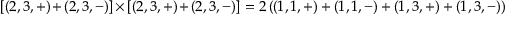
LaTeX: \lbrack ( 2 , 3 , + ) + ( 2 , 3 , - ) ] \times [ ( 2 , 3 , + ) + ( 2 , 3 , - ) ] = 2 \left( ( 1 , 1 , + ) + ( 1 , 1 , - ) + ( 1 , 3 , + ) + { ( 1 , 3 , - ) } \right)